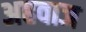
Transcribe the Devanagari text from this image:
अहवाज